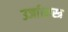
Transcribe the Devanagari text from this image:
उर्जाशास्त्र